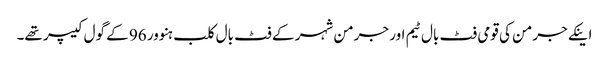
اینکے جرمن کی قومی فٹ بال ٹیم اور جرمن شہر کے فٹ بال کلب ہنوور 96 کے گول کیپر تھے۔